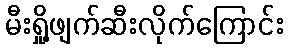
မီးရှို့ဖျက်ဆီးလိုက်ကြောင်း